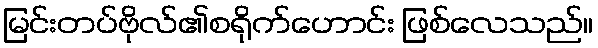
မြင်းတပ်ဗိုလ်၏စရိုက်ဟောင်း ဖြစ်လေသည်။